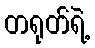
တရုတ်ရဲ့